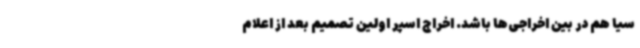
سیا هم در بین اخراجی‌ها باشد. اخراج اسپر اولین تصمیم بعد از اعلام